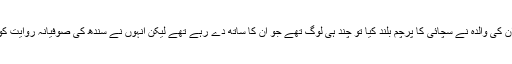
اپنی والدہ محترمہ بینظیر بھٹو کا تذکرہ کرتے ہوئے انہوں نے کہا کہ جب ان کی والدہ نے سچائی کا پرچم بلند کیا تو چند ہی لوگ تھے جو ان کا ساتھ دے رہے تھے لیکن انہوں نے سندھ کی صوفیانہ روایت کو قائم رکھتے ہوئے نڈر ہو کر نا انصافی کے ساتھ اپنی لڑائی جاری رکھی۔